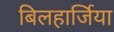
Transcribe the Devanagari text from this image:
बिलहार्जिया